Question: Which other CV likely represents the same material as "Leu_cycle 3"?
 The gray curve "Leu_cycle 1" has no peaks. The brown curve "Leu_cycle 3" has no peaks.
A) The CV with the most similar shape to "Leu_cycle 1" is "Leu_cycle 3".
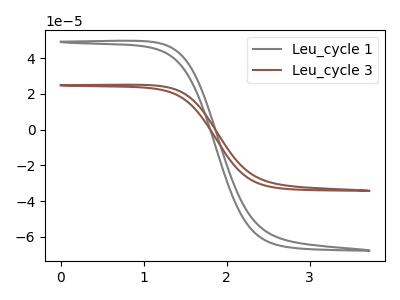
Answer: <think>Neither "Leu_cycle 1" or "Leu_cycle 3" have any peaks.
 </think>
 <answer>A) The CV with the most similar shape to "Leu_cycle 1" is "Leu_cycle 3".</answer>
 <eval>A</eval>